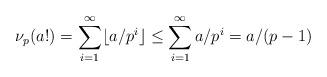
LaTeX: \begin{align*}\nu_p(a!) = \sum_{i=1}^{\infty}\lfloor a/p^i \rfloor \leq \sum_{i=1}^{\infty}a/p^i=a/(p-1)\end{align*}